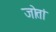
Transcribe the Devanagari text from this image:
जोतां